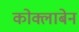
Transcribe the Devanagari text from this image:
कोक्लाबेन